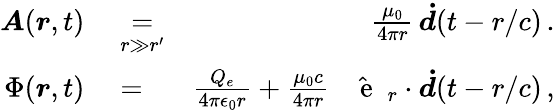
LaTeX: \begin{array}{rlr}{\boldsymbol{A}(\boldsymbol{r},t)}&{{}\underset{r\gg r^{\prime}}{=}}&{\frac{\mu_{0}}{4\pi r}\, \boldsymbol{\dot{d}}(t-r/c)\, .}\\ {\Phi(\boldsymbol{r},t)}&{{}=}&{\frac{Q_{e}}{4\pi\epsilon_{0}r}+\frac{\mu_{0}c}{4\pi r}\, \, \hat{\mathrm{~\textbf~{~e~}~}}_{r}\cdot\boldsymbol{\dot{d}}(t-r/c)\, ,}\end{array}